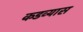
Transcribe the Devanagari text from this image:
कडव्यास